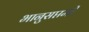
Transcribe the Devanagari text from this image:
भानुसप्तमी